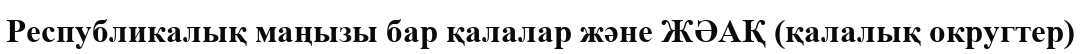
Республикалық маңызы бар қалалар және ЖӘАҚ (қалалық округтер)